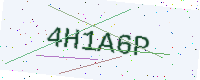
Text: 4H1A6P